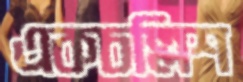
একচল্লিশ